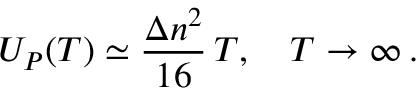
U _ { P } ( T ) \simeq \frac { \Delta n ^ { 2 } } { 1 6 } \, T , \quad T \to \infty \, { . }